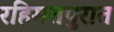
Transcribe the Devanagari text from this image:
रहिमतपुरात